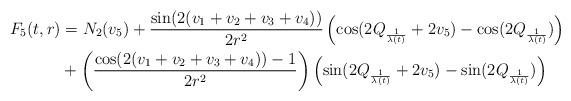
LaTeX: \begin{align*} F_{5}(t,r) &= N_{2}(v_{5}) + \frac{\sin(2(v_{1}+v_{2}+v_{3}+v_{4}))}{2r^{2}} \left(\cos(2Q_{\frac{1}{\lambda(t)}}+2v_{5})-\cos(2Q_{\frac{1}{\lambda(t)}})\right)\\&+\left(\frac{\cos(2(v_{1}+v_{2}+v_{3}+v_{4}))-1}{2r^{2}}\right)\left(\sin(2Q_{\frac{1}{\lambda(t)}}+2v_{5})-\sin(2Q_{\frac{1}{\lambda(t)}})\right)\end{align*}